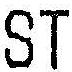
ST